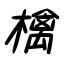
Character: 檎